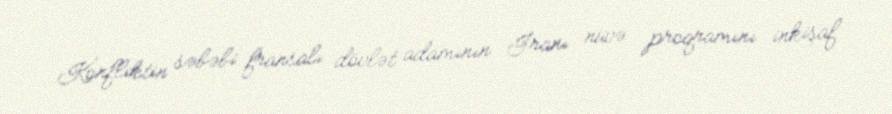
Konfliktin səbəbi fransalı dövlət adamının İranı nüvə proqramını inkişaf